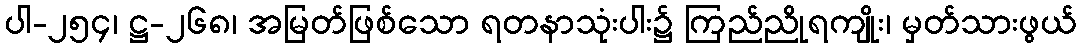
ပါ-၂၅၄၊ ဋ္ဌ-၂၆၈၊ အမြတ်ဖြစ်သော ရတနာသုံးပါး၌ ကြည်ညိုရကျိုး၊ မှတ်သားဖွယ်